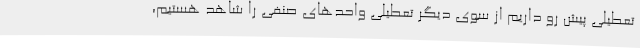
تعطیلی پیش رو داریم از سوی دیگر تعطیلی واحدهای صنفی را شاهد هستیم،